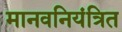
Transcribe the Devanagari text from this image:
मानवनियंत्रित